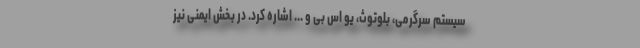
سیستم سرگرمی، بلوتوث، یو اس بی و ... اشاره کرد. در بخش ایمنی نیز